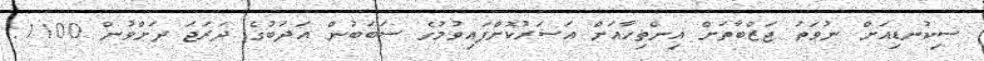
ސިކުނޑިއަށް ނުވަތަ ޖަޒްބާތަށް އިންތިހާއަށް އަސަރުކޮށްފައިވުމުގެ ސަބަބުން އަދަބުގެ ދަރަޖަ ދަށްވުން 1100.